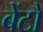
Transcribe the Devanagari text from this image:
बेंटो